Lunatic asylums Punjab 1868-1880 - 1868-1880
Year: 1868
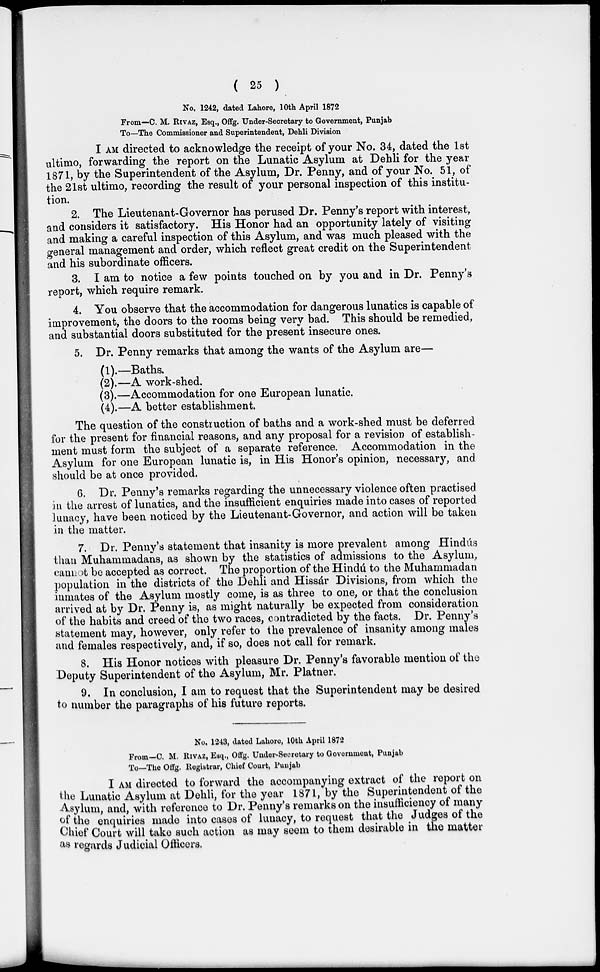
( 25 )
No. 1242, dated Lahore, 10th April 1872
From—C. M. RIVAZ, Esq., Offg. Under-Secretary to Government, Punjab
To—The Commissioner and Superintendent, Dehli Division
I AM directed to acknowledge the receipt of your No. 34, dated the 1st
ultimo, forwarding the report on the Lunatic Asylum at Dehli for the year
1871, by the Superintendent of the Asylum, Dr. Penny, and of your No. 51, of
the 21st ultimo, recording the result of your personal inspection of this institu-
tion.
2. The Lieutenant-Governor has perused Dr. Penny's report with interest,
and considers it satisfactory. His Honor had an opportunity lately of visiting
and making a careful inspection of this Asylum, and was much pleased with the
general management and order, which reflect great credit on the Superintendent
and his subordinate officers.
3. I am to notice a few points touched on by you and in Dr. Penny's
report, which require remark.
4. You observe that the accommodation for dangerous lunatics is capable of
improvement, the doors to the rooms being very bad. This should be remedied,
and substantial doors substituted for the present insecure ones.
5. Dr. Penny remarks that among the wants of the Asylum are—
(1).—Baths.
(2).—A work-shed.
(3).—Accommodation for one European lunatic.
(4).—A better establishment.
The question of the construction of baths and a work-shed must be deferred
for the present for financial reasons, and any proposal for a revision of establish-
ment must form the subject of a separate reference. Accommodation in the
Asylum for one European lunatic is, in His Honor's opinion, necessary, and
should be at once provided.
6. Dr. Penny's remarks regarding the unnecessary violence often practised
in the arrest of lunatics, and the insufficient enquiries made into cases of reported
lunacy, have been noticed by the Lieutenant-Governor, and action will be taken
in the matter.
7. Dr. Penny's statement that insanity is more prevalent among Hindús
than Muhammadans, as shown by the statistics of admissions to the Asylum,
cannot be accepted as correct. The proportion of the Hindú to the Muhammadan
population in the districts of the Dehli and Hissár Divisions, from which the
inmates of the Asylum mostly come, is as three to one, or that the conclusion
arrived at by Dr. Penny is, as might naturally be expected from consideration
of the habits and creed of the two races, contradicted by the facts. Dr. Penny's
statement may, however, only refer to the prevalence of insanity among males
and females respectively, and, if so, does not call for remark.
8. His Honor notices with pleasure Dr. Penny's favorable mention of the
Deputy Superintendent of the Asylum, Mr. Platner.
9. In conclusion, I am to request that the Superintendent may be desired
to number the paragraphs of his future reports.
No. 1243, dated Lahore, 10th April 1872
From—C. M. RIVAZ , Esq., Offg. Under-Secretary to Government , Punjab
To—The Offg. Registrar, Chief Court, Punjab
I AM directed to forward the accompanying extract of the report on
the Lunatic Asylum at Dehli, for the year 1871, by the Superintendent of the
Asylum, and, with reference to Dr. Penny's remarks on the insufficiency of many
of the enquiries made into cases of lunacy, to request that the Judges of the
Chief Court will take such action as may seem to them desirable in the matter
as regards Judicial Officers.